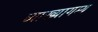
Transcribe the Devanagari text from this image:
व्याख्यागम्य